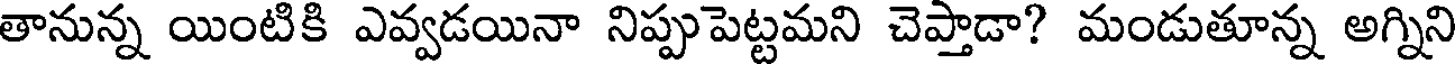
తానున్న యింటికి ఎవ్వడయినా నిప్పుపెట్టమని చెప్తాడా? మండుతూన్న అగ్నిని